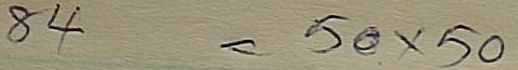
84 = 50 x 50